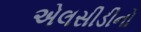
એલસીડીનો